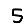
Digit: 5